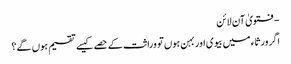
- فتویٰ آن لائن
اگر ورثاء میں بیوی اور بہن ہوں تو وراثت کے حصے کیسے تقسیم ہوں گے؟